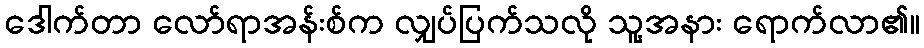
ဒေါက်တာ လော်ရာအန်းစ်က လျှပ်ပြက်သလို သူ့အနား ရောက်လာ၏။